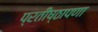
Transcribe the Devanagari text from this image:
प्रतीष्ठापणा